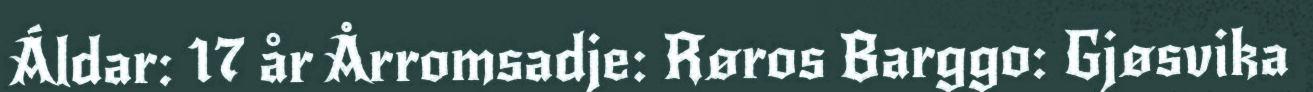
Áldar: 17 år Årromsadje: Røros Barggo: Gjøsvika